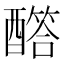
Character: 𨣏